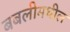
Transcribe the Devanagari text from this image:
बबलीमधील